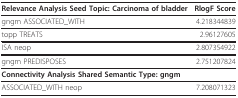
<table><thead><tr><td><b>Relevance Analysis Seed Topic: Carcinoma of bladder</b></td><td><b>RlogF Score</b></td></tr></thead><tbody><tr><td>gngm ASSOCIATED_WITH</td><td>4.218344839</td></tr><tr><td>topp TREATS</td><td>2.96127605</td></tr><tr><td>ISA neop</td><td>2.807354922</td></tr><tr><td>gngm PREDISPOSES</td><td>2.751207824</td></tr><tr><td><b>Connectivity Analysis Shared Semantic Type: gngm</b></td><td></td></tr><tr><td>ASSOCIATED_WITH neop</td><td>7.208071323</td></tr></tbody></table>